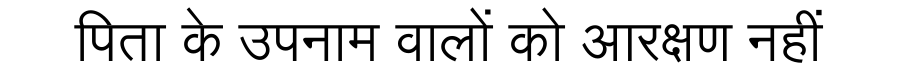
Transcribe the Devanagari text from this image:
पिता के उपनाम वालों को आरक्षण नहीं